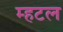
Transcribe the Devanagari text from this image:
म्हटल